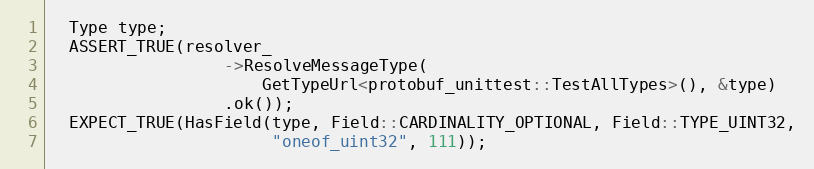
Language: C++
  Type type;
  ASSERT_TRUE(resolver_
                  ->ResolveMessageType(
                      GetTypeUrl<protobuf_unittest::TestAllTypes>(), &type)
                  .ok());
  EXPECT_TRUE(HasField(type, Field::CARDINALITY_OPTIONAL, Field::TYPE_UINT32,
                       "oneof_uint32", 111));